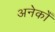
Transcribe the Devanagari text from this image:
अनेकोँ